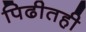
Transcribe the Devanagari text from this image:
पिढीतही